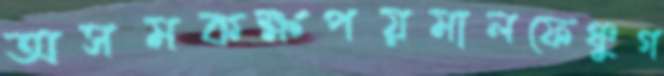
অসমকক্ষপয়মালফেঞ্চুগ